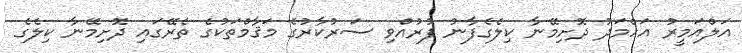
އަލްއަމީރު އަހްމަދު ދޮށިމޭނާ ކިލެގެފާނު ފުރުއްވި ސަރުކާރުގެ މަޤާމްތަކުގެ ތެރޭގައި ދޮށިމޭނާ ކިލެގެ